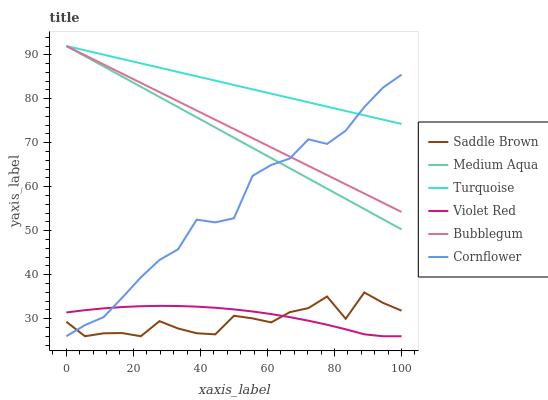
| xaxis_label | Saddle Brown | Medium Aqua | Turquoise | Violet Red | Bubblegum | Cornflower |
 | --- | --- | --- | --- | --- | --- | --- |
 | 0 | 29.3 | 92 | 92 | 31.4 | 92 | 26 |
 | 5.56 | 26 | 89.7 | 91 | 31.9 | 89.9 | 28.5 |
 | 11.1 | 26.7 | 87.4 | 90 | 32.3 | 87.8 | 30.4 |
 | 16.7 | 26.7 | 85 | 89 | 32.6 | 85.7 | 34.8 |
 | 22.2 | 26 | 82.7 | 88.1 | 32.8 | 83.6 | 39.4 |
 | 27.8 | 29.4 | 80.4 | 87.1 | 32.9 | 81.5 | 43.3 |
 | 33.3 | 27.8 | 78.1 | 86.1 | 32.9 | 79.4 | 45.8 |
 | 38.9 | 26.7 | 75.8 | 85.1 | 32.7 | 77.3 | 52.5 |
 | 44.4 | 26.4 | 73.5 | 84.1 | 32.5 | 75.2 | 51.9 |
 | 50 | 30.7 | 71.1 | 83.1 | 32.1 | 73.1 | 52.8 |
 | 55.6 | 30.1 | 68.8 | 82.2 | 31.6 | 71 | 62.5 |
 | 61.1 | 29.1 | 66.5 | 81.2 | 31 | 68.9 | 64.9 |
 | 66.7 | 31.5 | 64.2 | 80.2 | 30.3 | 66.8 | 66.4 |
 | 72.2 | 32.4 | 61.9 | 79.2 | 29.5 | 64.7 | 70.8 |
 | 77.8 | 35 | 59.6 | 78.2 | 28.6 | 62.7 | 69.7 |
 | 83.3 | 30 | 57.2 | 77.2 | 27.6 | 60.6 | 72.7 |
 | 88.9 | 36 | 54.9 | 76.2 | 26.4 | 58.5 | 78.1 |
 | 94.4 | 33.6 | 52.6 | 75.3 | 26 | 56.4 | 82.5 |
 | 100 | 31.8 | 50.3 | 74.3 | 26 | 54.3 | 85.5 |